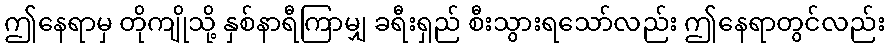
ဤနေရာမှ တိုကျိုသို့ နှစ်နာရီကြာမျှ ခရီးရှည် စီးသွားရသော်လည်း ဤနေရာတွင်လည်း